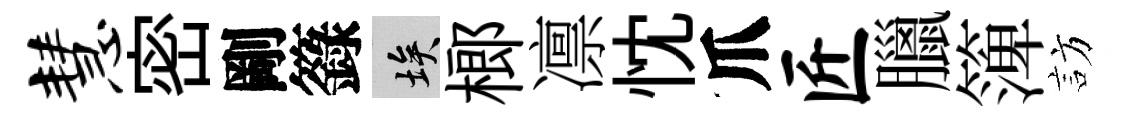
慧密剛籙埃榔凛忱爪匠臘𥱼訪